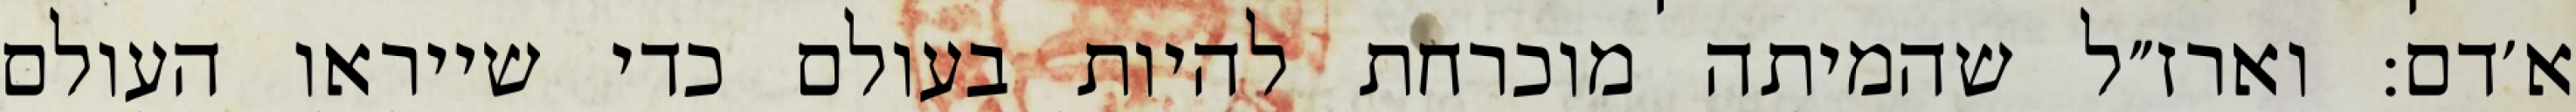
א׳דם: וארז״ל שהמיתה מוכרחת להיות בעולם כדי שייראו העולם